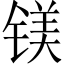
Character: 镁